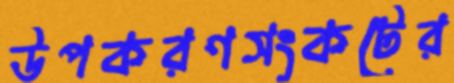
উপকরণসংকটের